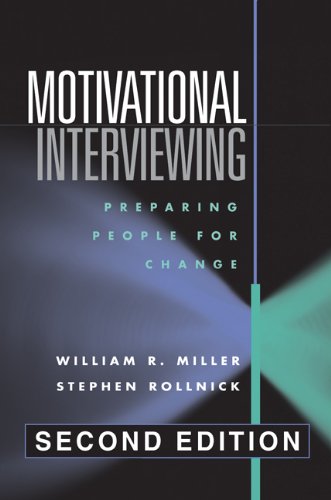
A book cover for Motivational Interviewing, Second Edition: Preparing People for Change; William R. Miller; Health, Fitness & Dieting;